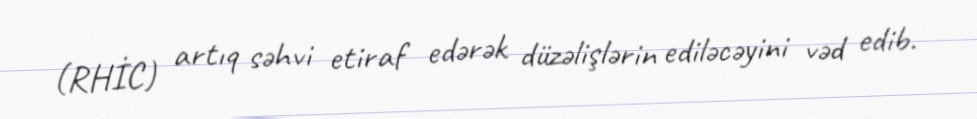
(RHİC) artıq səhvi etiraf edərək düzəlişlərin ediləcəyini vəd edib.